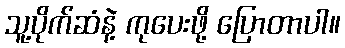
သူ့ပိုက်ဆံနဲ့ ကုပေးဖို့ ပြောတာပါ။